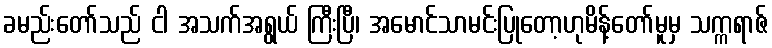
ခမည်းတော်သည် ငါ အသက်အရွယ် ကြီးပြီ၊ အမောင်သာမင်းပြုတော့ဟုမိန့်တော်မူမှ သက္ကရာဇ်